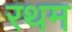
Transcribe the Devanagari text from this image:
रथम